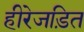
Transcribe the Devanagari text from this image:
हीरेजड़ित